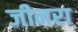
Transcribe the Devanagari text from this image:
जीनरा